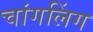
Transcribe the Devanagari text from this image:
चांगलिंग